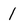
Character: 1